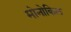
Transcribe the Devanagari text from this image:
मोनोकिल